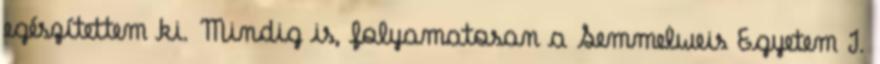
egészítettem ki. Mindig is, folyamatosan a Semmelweis Egyetem I.